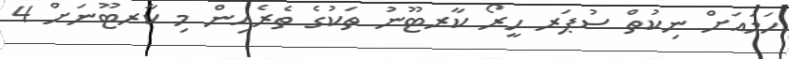
ހަމައަށް ނިކުތް ސުޕަރ ހީރޯ ކާރޓޫނު ތަކުގެ ތެރެއިން މި ކާރޓޫނަށް 4